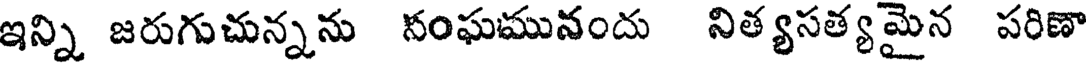
ఇన్ని జరుగుచున్నను నంఘమునందు నిత్యసత్యమైన పరిణా